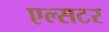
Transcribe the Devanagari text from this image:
एल्सटर